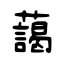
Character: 藹